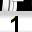
Digit: 1